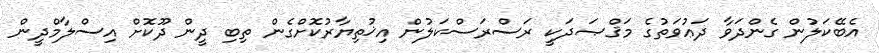
އެބޭކަލުން ގެންދަވާ ދަޢުވަތުގެ މަޤްޞަދަކީ ރަސްރަސްކަލުން އިޚުތިޔާރުކޮށްގެން ތިބި ދީން ދޫކޮށް އިސްލާމްދީން